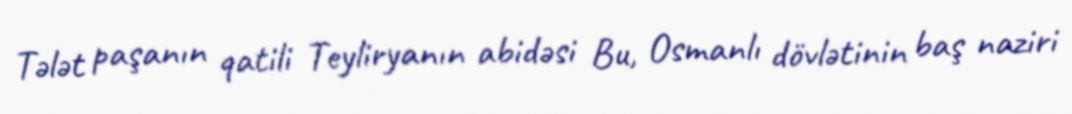
Tələt paşanın qatili Teyliryanın abidəsi Bu, Osmanlı dövlətinin baş naziri